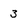
Character: 3